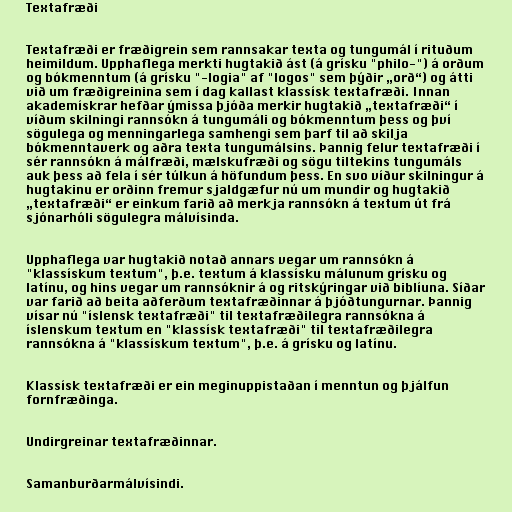
Textafræði

Textafræði er fræðigrein sem rannsakar texta og tungumál í rituðum
heimildum. Upphaflega merkti hugtakið ást (á grísku "philo-") á orðum
og bókmenntum (á grísku "-logia" af "logos" sem þýðir „orð“) og átti
við um fræðigreinina sem í dag kallast klassísk textafræði. Innan
akademískrar hefðar ýmissa þjóða merkir hugtakið „textafræði“ í
víðum skilningi rannsókn á tungumáli og bókmenntum þess og því
sögulega og menningarlega samhengi sem þarf til að skilja
bókmenntaverk og aðra texta tungumálsins. Þannig felur textafræði í
sér rannsókn á málfræði, mælskufræði og sögu tiltekins tungumáls
auk þess að fela í sér túlkun á höfundum þess. En svo víður skilningur á
hugtakinu er orðinn fremur sjaldgæfur nú um mundir og hugtakið
„textafræði“ er einkum farið að merkja rannsókn á textum út frá
sjónarhóli sögulegra málvísinda.

Upphaflega var hugtakið notað annars vegar um rannsókn á
"klassískum textum", þ.e. textum á klassísku málunum grísku og
latínu, og hins vegar um rannsóknir á og ritskýringar við biblíuna. Síðar
var farið að beita aðferðum textafræðinnar á þjóðtungurnar. Þannig
vísar nú "íslensk textafræði" til textafræðilegra rannsókna á
íslenskum textum en "klassísk textafræði" til textafræðilegra
rannsókna á "klassískum textum", þ.e. á grísku og latínu.

Klassísk textafræði er ein meginuppistaðan í menntun og þjálfun
fornfræðinga.

Undirgreinar textafræðinnar.

Samanburðarmálvísindi.